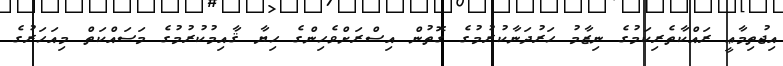
އިޖުތިމާޢީ ރައްކާތެރިކަމުގެ ނިޒާމު ހަރުދަނާކުރުމުގެ ގޮތުން އިސްރަށްވެހިންގެ ހިޔާ ޤާއިމުކުރުމުގެ މަސައްކަތް މިއަހަރުގެ